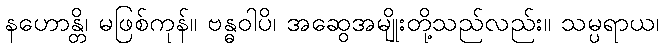
နဟောန္တိ၊ မဖြစ်ကုန်။ ဗန္ဓဝါပိ၊ အဆွေအမျိုးတို့သည်လည်း။ သမ္ပရာယ၊